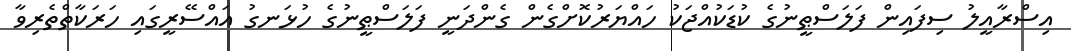
އިސްރާއީލު ސިފައިން ފަލަސްޠީނުގެ ކުޑަކުއްޖަކު ހައްޔަރުކޮށްގެން ގެންދަނީ ފަލަސްޠީނުގެ ހުޅަނގު އައްސޭރީގައި ހަރަކާތްތެރިވާ